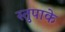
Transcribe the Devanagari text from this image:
स्तुपाके